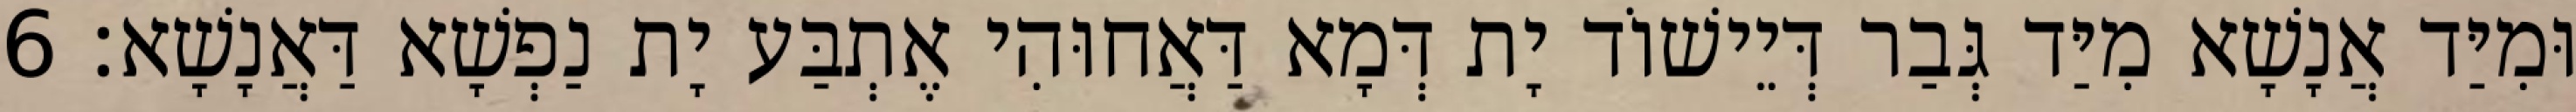
וּמִיַּד אֲנָשָׁא מִיַּד גְּבַר דְּיֵישׁוֹד יָת דְּמָא דַּאֲחוּהִי אֶתְבַּע יָת נַפְשָׁא דַּאֲנָשָׁא׃ 6